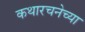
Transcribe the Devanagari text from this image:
कथारचनेच्या